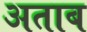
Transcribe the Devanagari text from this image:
अताब